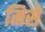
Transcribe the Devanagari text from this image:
मिसें